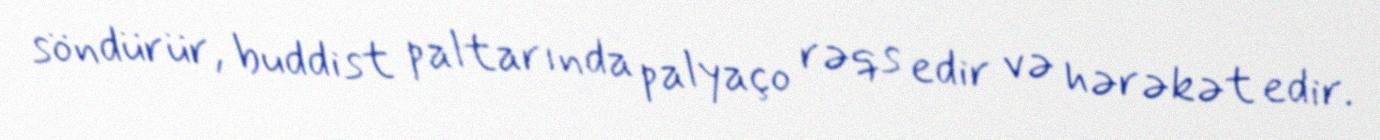
söndürür, buddist paltarında palyaço rəqs edir və hərəkət edir.